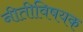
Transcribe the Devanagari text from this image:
नीतीविषयक